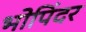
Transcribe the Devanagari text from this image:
भोपिंदर